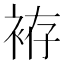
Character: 袸